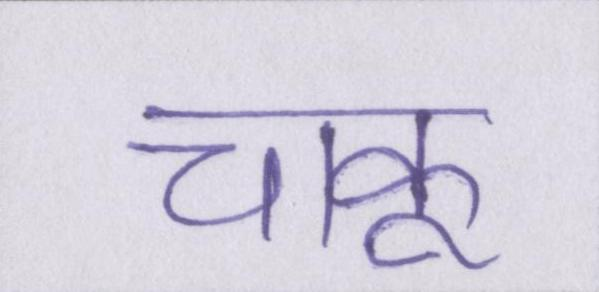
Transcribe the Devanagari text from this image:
चाकू